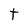
Character: t